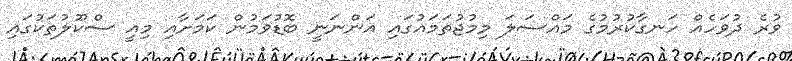
ވުރެ ދުވަހެއް ހަނގާކުރުމުގެ މައްސަލަ މިމުޖުތަމައުގައި އަންނަނީ ބޮޑުވަމުން ކަމަށާއި މިއީ ސްކޫލުތަކުގައި